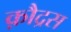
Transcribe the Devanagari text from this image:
क़ौद्रस